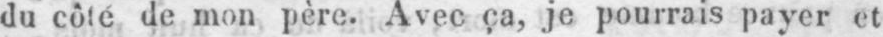
du côte de mon père. Avec ça, je pourrais payer et